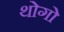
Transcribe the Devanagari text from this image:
थोगो